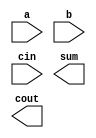
module bcdfadd4(
  input wire [3:0] a,
  input wire [3:0] b,
  input wire cin,
  output wire [3:0] sum,
  output wire cout
);

  // use your code from ex01 here
  
endmodule